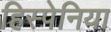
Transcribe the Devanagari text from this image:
हिस्पेनिया